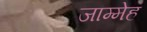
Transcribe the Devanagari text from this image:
जाम्मेह